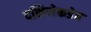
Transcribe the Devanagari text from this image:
दक्षिणेकडेच